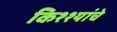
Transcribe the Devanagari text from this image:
किश्श्यांचे